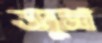
অনুজ্ঞা